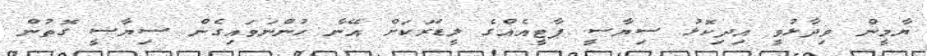
ޔާމީން ވިދާޅުވީ އިދިކޮޅު ސިޔާސީ ޕާޓީއެއްގެ ލީޑަރަކަށް އޭނާ ހުންނަވައިގެން ސިޔާސީ ގޮތުން